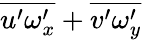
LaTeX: \overline{{u^{\prime}\omega_{x}^{\prime}}}+\overline{{v^{\prime}\omega_{y}^{\prime}}}